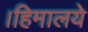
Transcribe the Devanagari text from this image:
।हिमालये